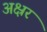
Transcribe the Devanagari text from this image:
अक्ष्रर